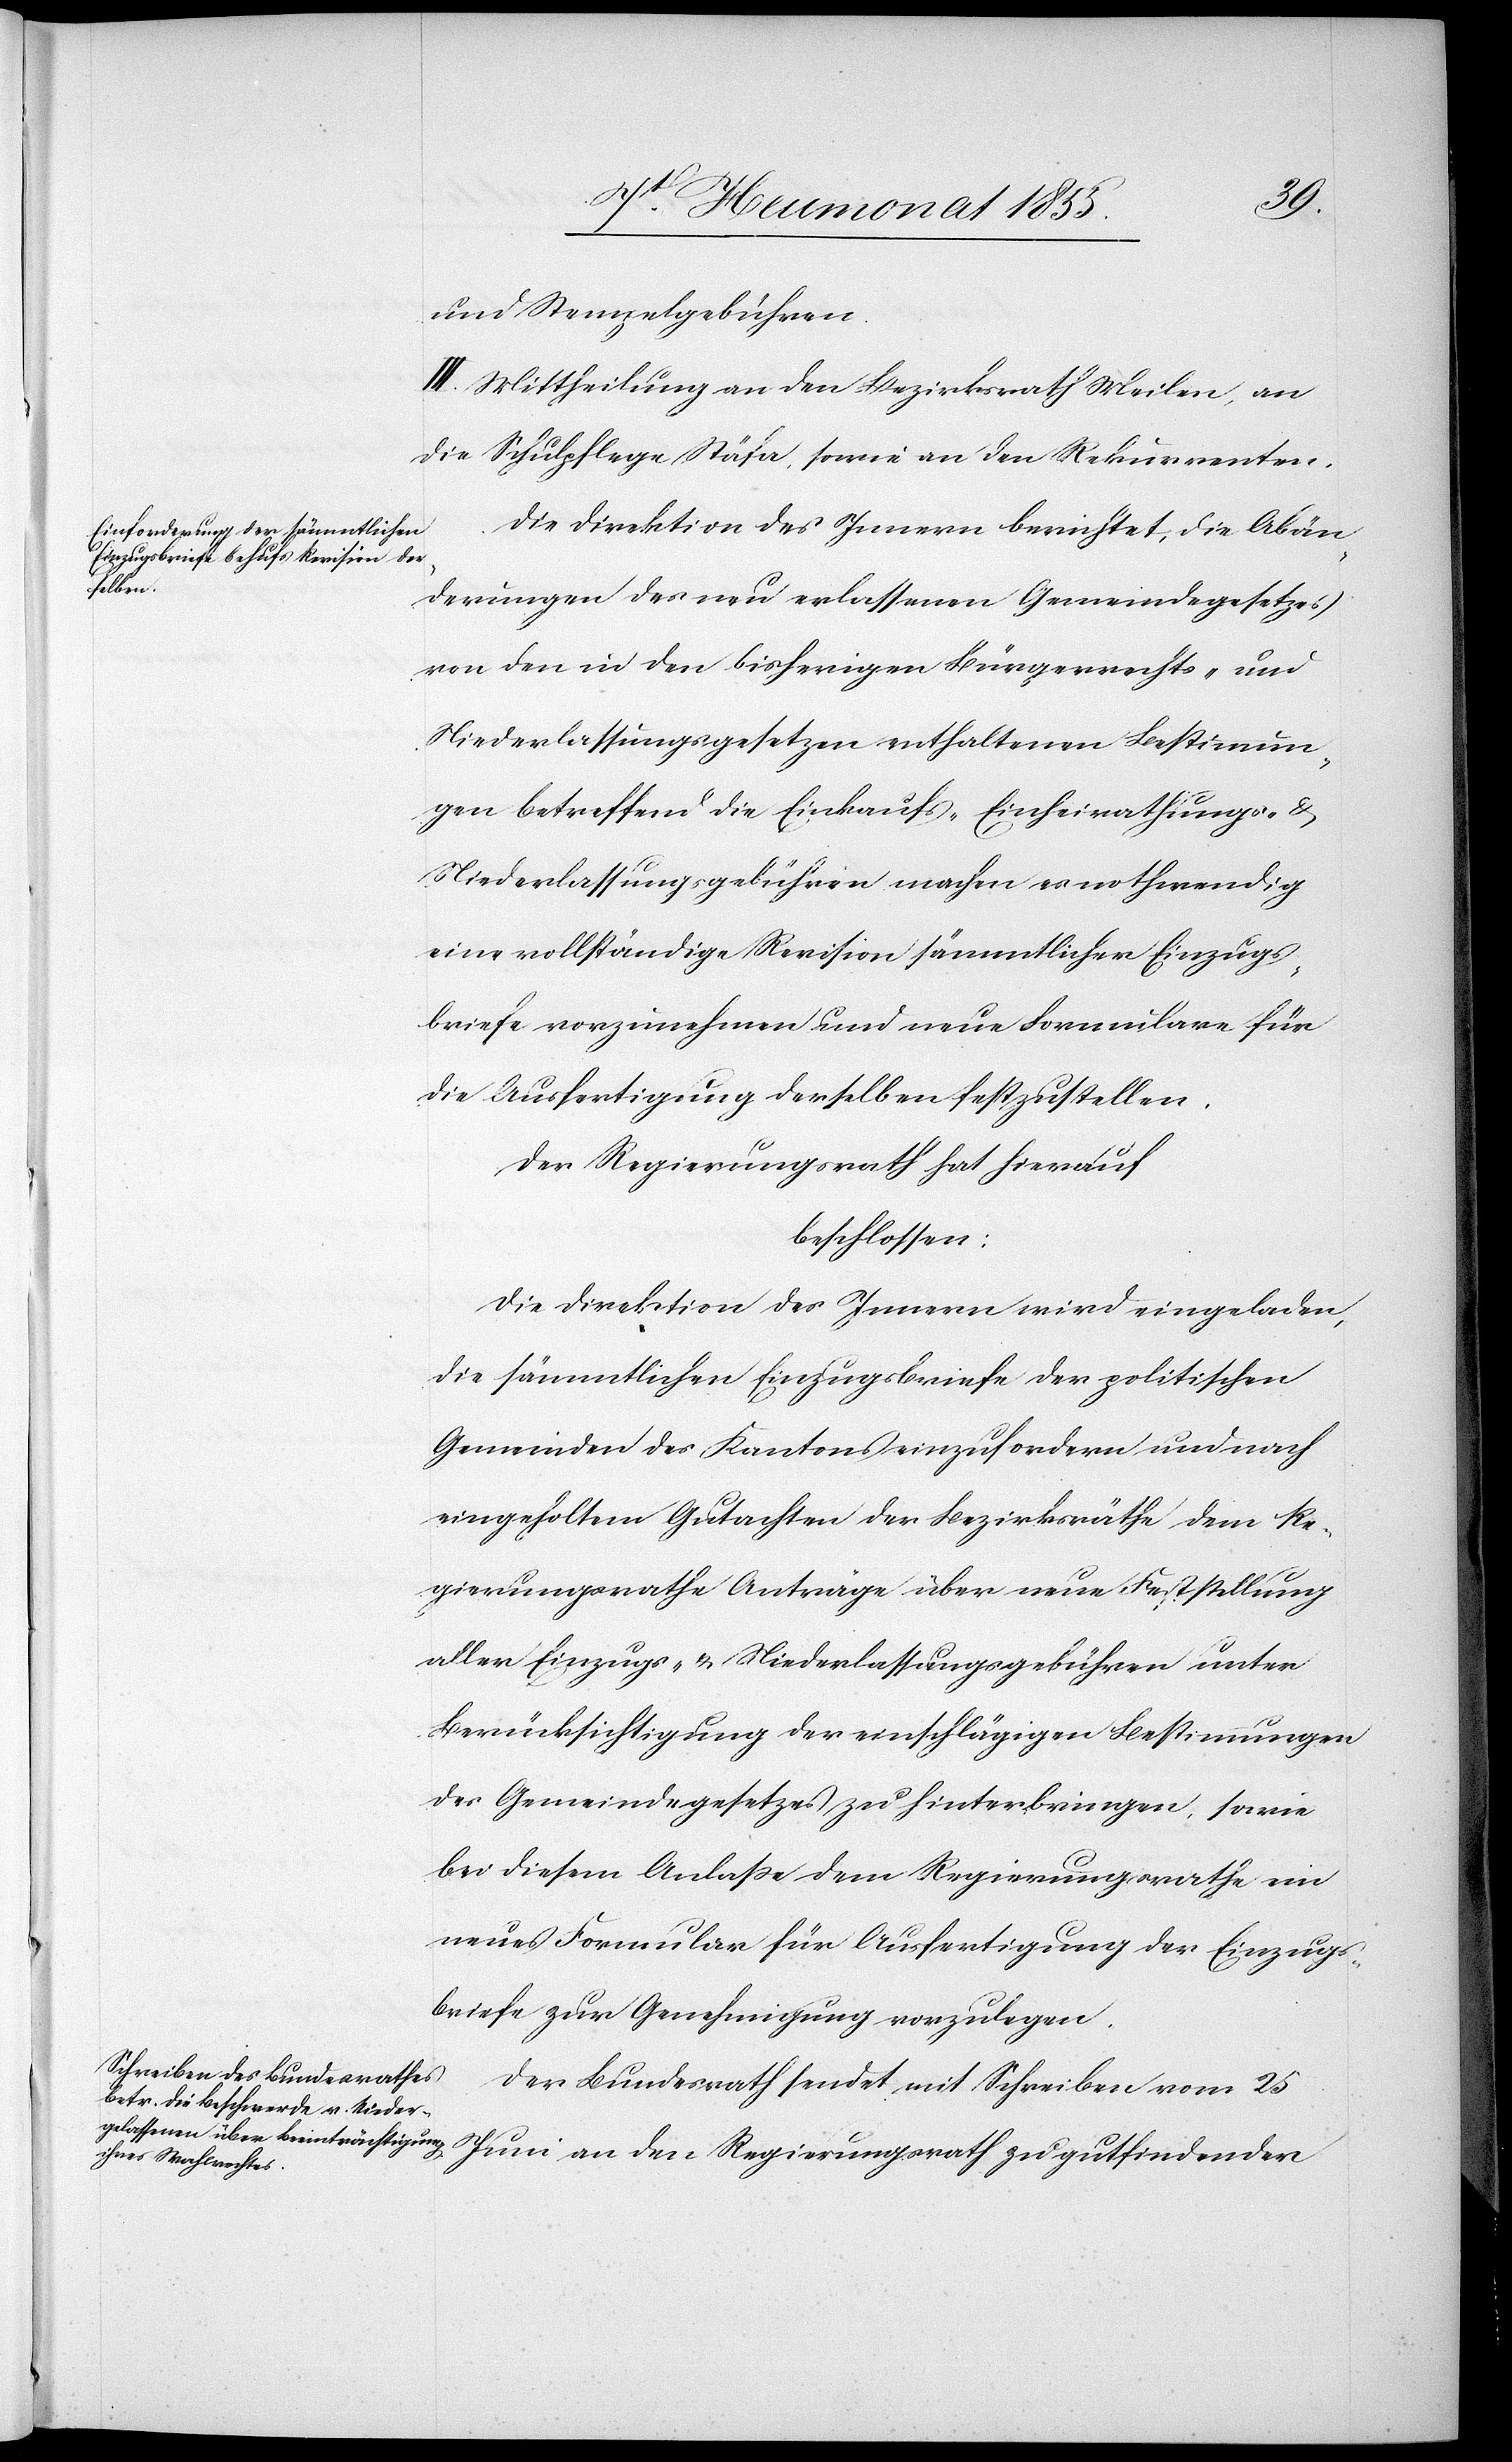
und Stempelgebühren.
III. Mittheilung an den Bezirksrath Meilen, an
die Schulpflege Stäfa, sowie an den Rekurrenten.
Die Direktion des Innern berichtet, die Abän¬
derungen des neu erlassenen Gemeindegesetzes
von den in den bisherigen Bürgerrechts- und
Niederlassungsgesetzen enthaltenen Bestimmun¬
gen betreffend die Einkaufs-[,] Einheirathungs- &
Niederlassungsgebühren machen es nothwendig
eine vollständige Revision sämmtlicher Einzugs¬
briefe vorzunehmen und neue Formulare für
die Ausfertigung derselben festzustellen.
Der Regierungsrath hat hierauf
beschlossen:
Die Direktion des Innern wird eingeladen,
die sämmtlichen Einzugsbriefe der politischen
Gemeinden des Kantons einzufordern und nach
eingeholtem Gutachten der Bezirksräthe dem Re¬
gierungsrathe Anträge über neue Feststellung
aller Einzugs- & Niederlassungsgebühren unter
Berücksichtigung der einschlägigen Bestimmungen
des Gemeindegesetzes zu hinterbringen, sowie
bei diesem Anlasse dem Regierungsrathe ein
neues Formular für Ausfertigung der Einzugs¬
briefe zur Genehmigung vorzulegen.
Der Bundesrath sendet mit Schreiben vom 25
Juni an den Regierungsrath zu gutfindender